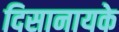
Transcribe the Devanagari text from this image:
दिसानायके